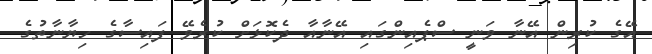
އޭގެ ކުރިން އޭނާ ވަނީ ސްޕެއިންގައި އޭނާއާ ދެކޮޅަށް ކުރެވޭ ފައިސާގެ ހިޔާނާތުގެ